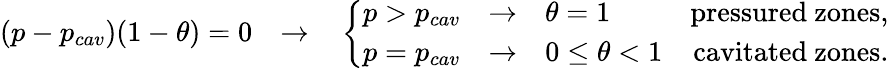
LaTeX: \begin{array}{r}{(p-p_{cav})(1-{\theta})=0\quad{\rightarrow}\quad\left\{ \begin{array}{lr}{p>p_{cav}\quad{\rightarrow}\quad{\theta}=1}&{\mathrm{pressured~zones,}}\\ {p=p_{cav}\quad{\rightarrow}\quad 0\; {\leq}\; {\theta}<1}&{\mathrm{cavitated~zones.}}\end{array}\right.}\end{array}